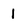
Character: I